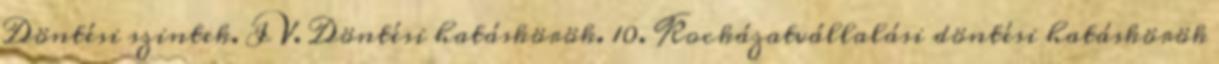
Döntési szintek. IV. Döntési hatáskörök. 10. Kockázatvállalási döntési hatáskörök